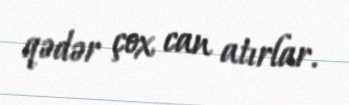
qədər çox can atırlar.